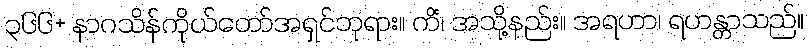
၃၆၆+ နာဂသိန်ကိုယ်တော်အရှင်ဘုရား။ ကိံ၊ အသို့နည်း။ အရဟာ၊ ရဟန္တာသည်။